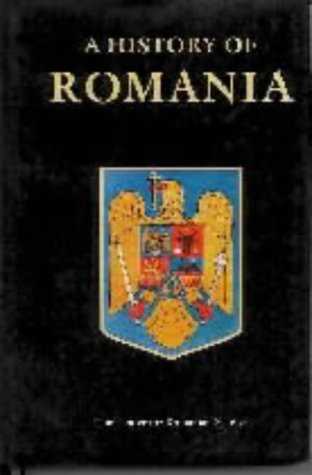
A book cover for A History of Romania; Ioan Bolovan; History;